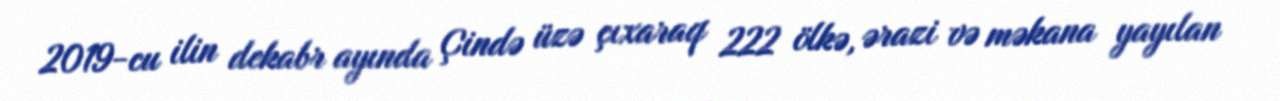
2019-cu ilin dekabr ayında Çində üzə çıxaraq 222 ölkə, ərazi və məkana yayılan